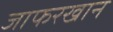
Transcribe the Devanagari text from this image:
जाफरखान